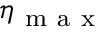
\eta _ { \mathrm { ~ m ~ a ~ x ~ } }